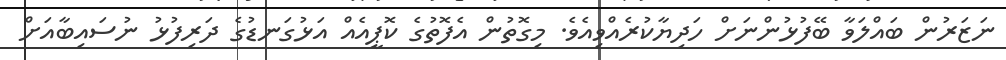
ނަޒަރުން ބައްލަވާ ބޭފުޅުންނަށް ހަދިޔާކުރެއްވިއެވެ. މިގޮތުން އެފޮތުގެ ކޮޕީއެއް އަޅުގަނޑުގެ ދަރިފުޅު ނުސައިބާއަށް